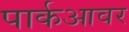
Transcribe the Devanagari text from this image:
पार्कआवर